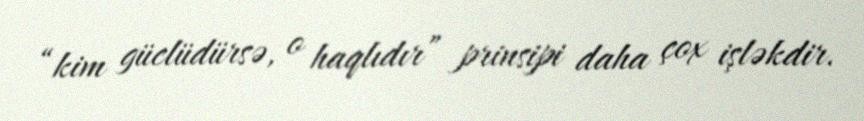
“kim güclüdürsə, o haqlıdır” prinsipi daha çox işləkdir.